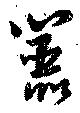
嚚